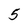
Character: 5